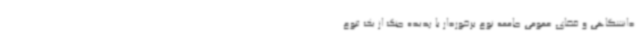
دانشگاهی و فضای عمومی جامعه نوع برخوردار با پدیده جنگ از یک تنوع